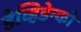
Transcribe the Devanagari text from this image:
डेव्हिडेन्को